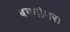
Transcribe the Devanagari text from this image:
बगदोगरा